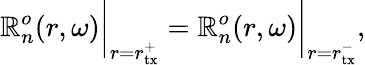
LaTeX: \mathbb{R}_{n}^{o}(r,\omega)\bigg|_{r=r_{\mathrm{{tx}}}^{+}}=\mathbb{R}_{n}^{o}(r,\omega)\bigg|_{r=r_{\mathrm{{tx}}}^{-}},